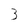
Character: 3